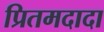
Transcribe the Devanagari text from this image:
प्रितमदादा